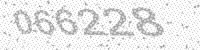
Solution: 066228